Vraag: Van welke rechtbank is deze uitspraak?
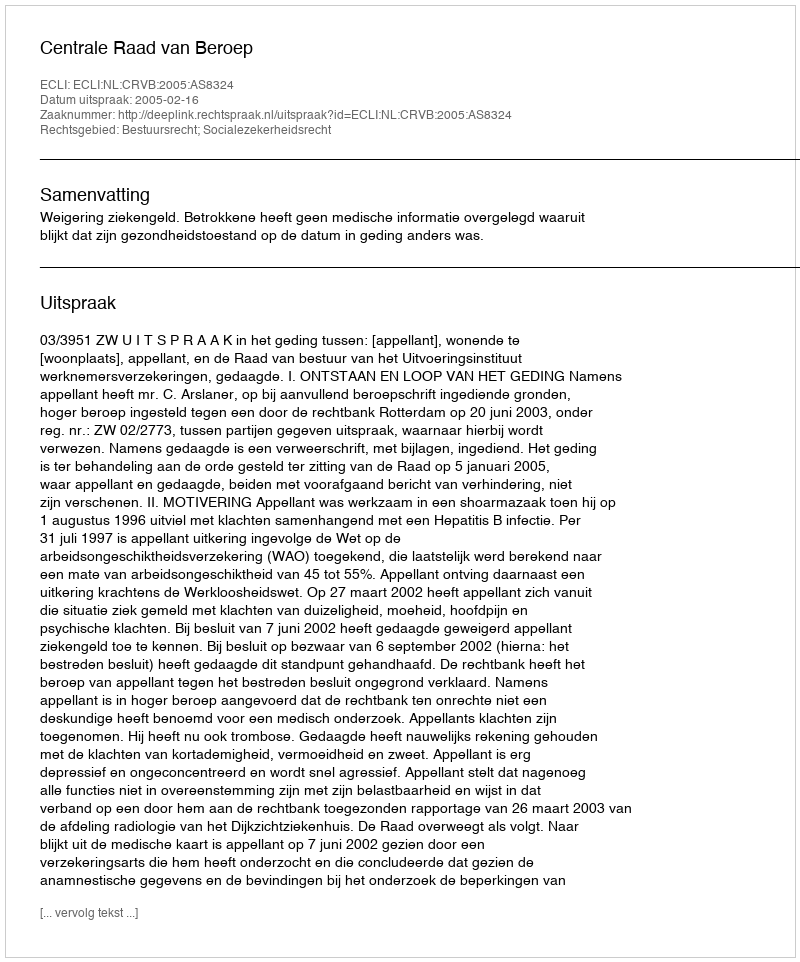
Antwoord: Centrale Raad van Beroep